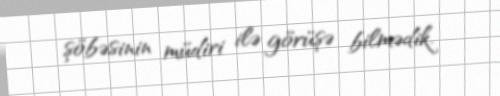
şöbəsinin müdiri ilə görüşə bilmədik.